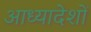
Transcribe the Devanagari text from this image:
आध्यादेशों